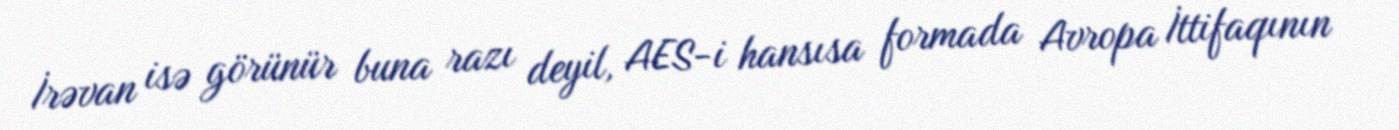
İrəvan isə görünür buna razı deyil, AES-i hansısa formada Avropa İttifaqının